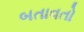
બતાવતો